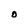
Character: O